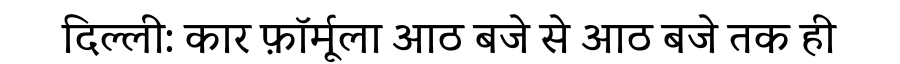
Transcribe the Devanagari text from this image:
दिल्ली: कार फ़ॉर्मूला आठ बजे से आठ बजे तक ही